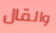
والقال